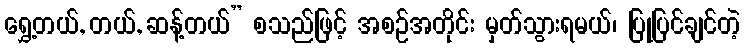
ရွှေ့တယ်, တယ်, ဆန့်တယ်” စသည်ဖြင့် အစဉ်အတိုင်း မှတ်သွားရမယ်၊ ပြုပြင်ချင်တဲ့